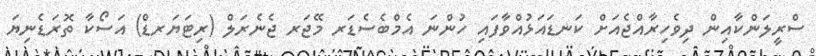
ސްރީލަންކާއިން ދިވެހިރާއްޖެއަށް ކަނޑައަޅުއްވާފައި ހުންނަ އެމްބެސެޑަރ މޭޖަރ ޖެނެރަލް (ރިޓަޔަރޑް) އަސޯކާ ތޮރަޑެނިޔަ